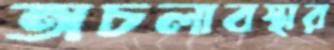
অচলাবস্থার